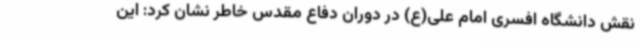
نقش دانشگاه افسری امام علی(ع) در دوران دفاع مقدس خاطر نشان کرد: این